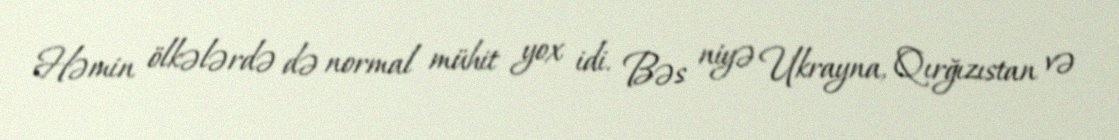
Həmin ölkələrdə də normal mühit yox idi. Bəs niyə Ukrayna, Qırğızıstan və